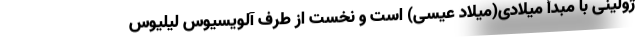
ژولینی با مبدأ میلادی(میلاد عیسی) است و نخست از طرف آلویسیوس لیلیوس